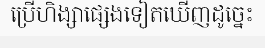
ប្រើហិង្សាផ្សេងទៀតឃើញដូច្នេះ